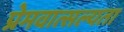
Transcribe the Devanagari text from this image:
प्रेमवात्सल्यता